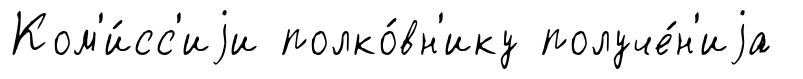
Ком'и́сс'иjи полко́вн'ику получе́н'иjа